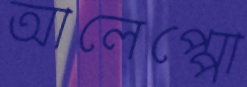
আলেপ্পো